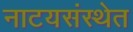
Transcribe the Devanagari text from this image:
नाटयसंस्थेत